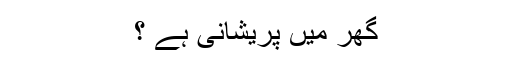
گھر میں پریشانی ہے ؟